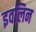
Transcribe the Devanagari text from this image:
इवलिन